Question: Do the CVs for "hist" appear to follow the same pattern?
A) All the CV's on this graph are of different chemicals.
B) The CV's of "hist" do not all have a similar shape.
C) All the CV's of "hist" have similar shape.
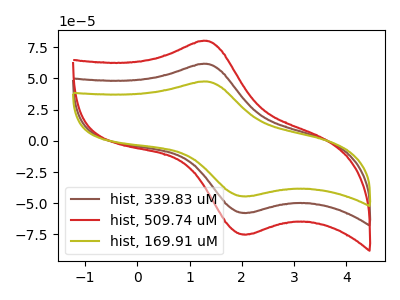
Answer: <think>The brown curve "hist, 339.83 uM" has an anodic peak at (1.30V, 61.60uA) and a cathodic peak at (2.10V, -57.65uA). The red curve "hist, 509.74 uM" has an anodic peak at (1.30V, 123.25uA) and a cathodic peak at (2.10V, -115.35uA). The olive curve "hist, 169.91 uM" has an anodic peak at (1.30V, 47.45uA) and a cathodic peak at (2.10V, -44.40uA).
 All the peaks in "hist, 339.83 uM" have a peak in "hist, 509.74 uM" at the same potential. Every peak in "hist, 339.83 uM" is lower than every peak in "hist, 509.74 uM". All the peaks in "hist, 339.83 uM" have a peak in "hist, 169.91 uM" at the same potential. Every peak in "hist, 339.83 uM" is higher than every peak in "hist, 169.91 uM". All the peaks in "hist, 509.74 uM" have a peak in "hist, 169.91 uM" at the same potential. Every peak in "hist, 509.74 uM" is higher than every peak in "hist, 169.91 uM".</think>
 <answer>C) All the CV's of "hist" have similar shape.</answer>
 <eval>C</eval>